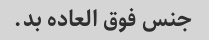
جنس فوق العاده بد.